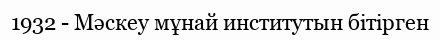
1932 - Мәскеу мұнай институтын бітірген